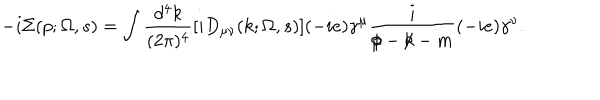
- i \Sigma ( p ; \Omega , s ) = \int { \frac { d ^ { 4 } k } { ( 2 \pi ) ^ { 4 } } } [ i D _ { \mu \nu } ( k ; \Omega , s ) ] ( - i e ) \gamma ^ { \mu } { \frac { i } { \rlap { / } p - \rlap { / } k - m } } ( - i e ) \gamma ^ { \nu } .